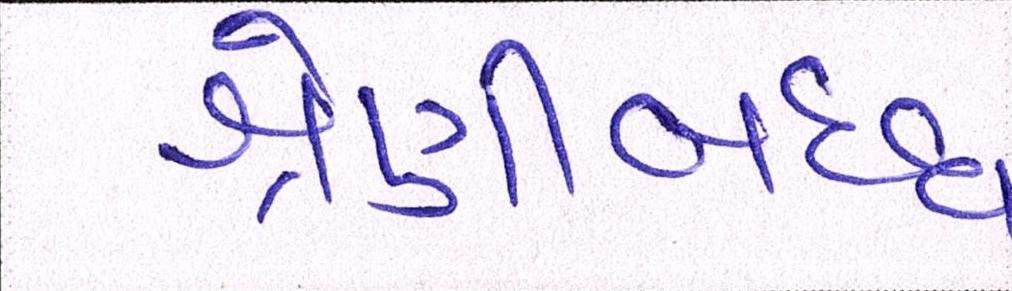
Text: શ્રેણીબધ્ધ